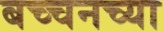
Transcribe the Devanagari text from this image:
बच्चनच्या